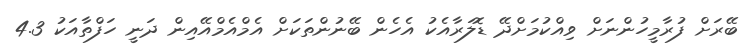
ބޭރަށް ފުރާމީހުންނަށް ވިއްކުމަށްދޭ ޑޮލަރާއެކު އެހެން ބޭނުންތަކަށް އެމްއެމްއޭއިން ދަނީ ހަފްތާއަކު 4.3